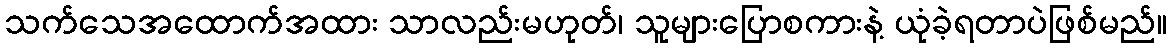
သက်သေအထောက်အထား သာလည်းမဟုတ်၊ သူများပြောစကားနဲ့ ယုံခဲ့ရတာပဲဖြစ်မည်။